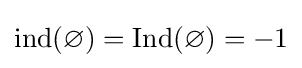
\operatorname {ind} (\varnothing )=\operatorname {Ind} (\varnothing )=-1